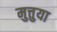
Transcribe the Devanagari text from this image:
मुत्तुया